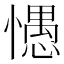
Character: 㦙